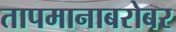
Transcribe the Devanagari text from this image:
तापमानाबरोबर